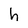
Character: h